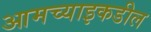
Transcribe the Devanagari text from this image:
आमच्याइकडील